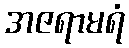
အဇရာမရံ